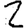
Digit: 2